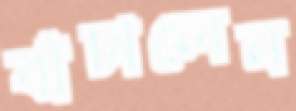
বাঁচালেন